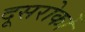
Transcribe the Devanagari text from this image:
दूसरोकों